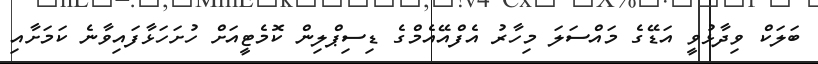
ބަލަކް ވިދާޅުވީ އަޑޭގެ މައްސަލަ މިހާރު އެފްއޭއެމްގެ ޑިސިޕްލިން ކޮމެޓީއަށް ހުށަހަޅާފައިވާނެ ކަމަށާއި